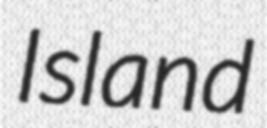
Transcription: Island